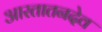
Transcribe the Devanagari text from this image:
आरतातनदेव